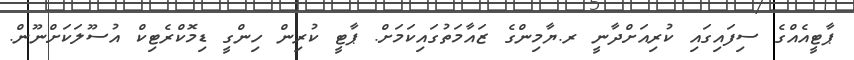
ޕާޓީއެއްގެ ސިފައިގައި ކުރިއަށްދާނީ ރ.ޔާމިންގެ ޒައާމަތުގައިކަމަށް. ޕާޓީ ކުރިން ހިންގީ ޑިމޮކްރެޓިކް އުސޫލަކަށްނޫން.